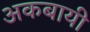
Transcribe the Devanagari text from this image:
अकबायी